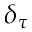
\delta _ { \tau }